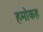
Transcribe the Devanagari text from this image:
हमोकह